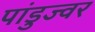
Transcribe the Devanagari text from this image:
पांडुज्वर